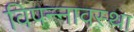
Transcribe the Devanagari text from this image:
विपन्नावस्था